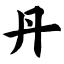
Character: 丹